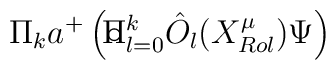
\Pi_ka^+\left(\circ\hspace{-0.27cm}\Pi^k_{l=0}\hat O_l(X^\mu_{Rol})\Psi\right)